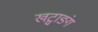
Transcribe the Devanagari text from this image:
खट्वाङ्गं